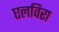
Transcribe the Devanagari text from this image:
एलविरा